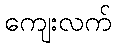
ကျေးလက်